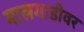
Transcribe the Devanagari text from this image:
मालगाडीवर